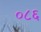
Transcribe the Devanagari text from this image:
०८६